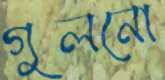
গুলনো